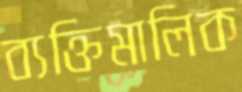
ব্যক্তিমালিক